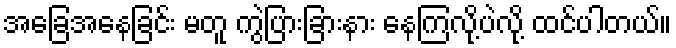
အခြေအနေခြင်း မတူ ကွဲပြားခြားနား နေကြလို့ပဲလို့ ထင်ပါတယ်။